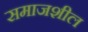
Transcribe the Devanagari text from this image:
समाजशील